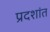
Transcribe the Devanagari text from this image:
प्रदशांत